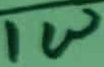
Text: 1W